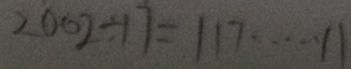
2 0 0 2 \div 1 7 = 1 1 7 \cdots 1 1